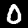
Digit: 0